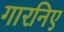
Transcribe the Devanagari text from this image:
गारनिए